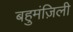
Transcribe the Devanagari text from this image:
बहुमंज़िली